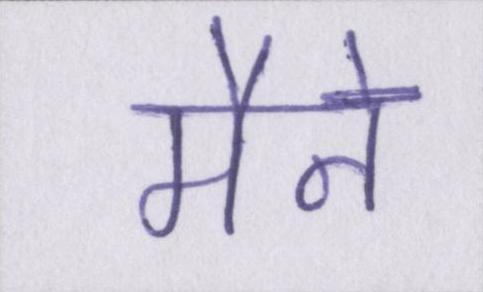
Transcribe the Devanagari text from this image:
मैने